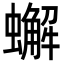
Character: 蠏